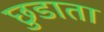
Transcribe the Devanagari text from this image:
छुडाता